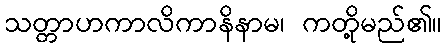
သတ္တာဟကာလိကာနိနာမ၊ ကတို့မည်၏။